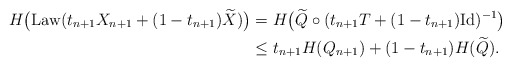
\begin{align*}H\big(\mathrm{Law}(t_{n+1}X_{n+1} + (1-t_{n+1})\widetilde{X})\big) &= H\big(\widetilde{Q} \circ (t_{n+1}T + (1-t_{n+1})\mathrm{Id})^{-1}\big) \\&\le t_{n+1}H(Q_{n+1}) + (1-t_{n+1})H(\widetilde{Q}).\end{align*}